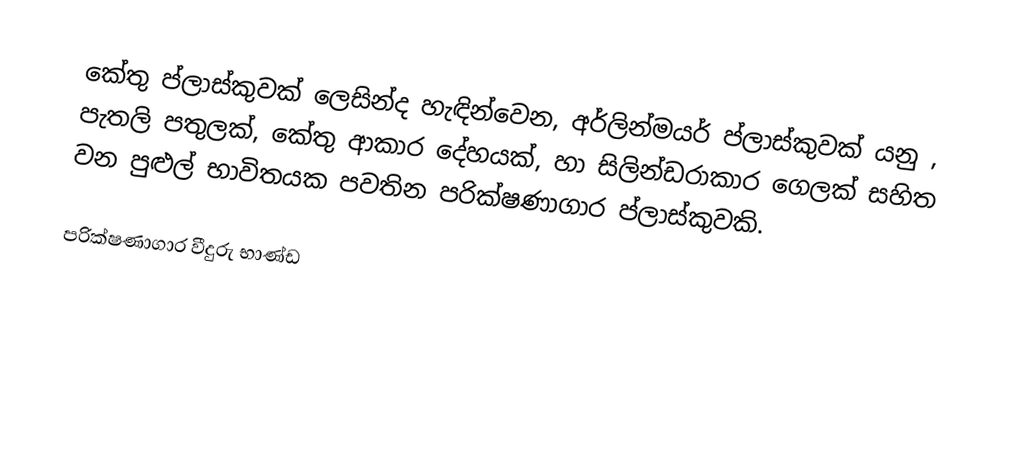
කේතු ප්ලාස්කුවක් ලෙසින්ද හැඳින්වෙන, අර්ලින්මයර් ප්ලාස්කුවක් යනු ,  පැතලි පතුලක්, කේතු ආකාර දේහයක්,  හා සිලින්ඩරාකාර ගෙලක් සහිත වන පුළුල් භාවිතයක පවතින  පරික්ෂණාගාර ප්ලාස්කුවකි.

පරික්ෂණාගාර වීදුරු භාණ්ඩ